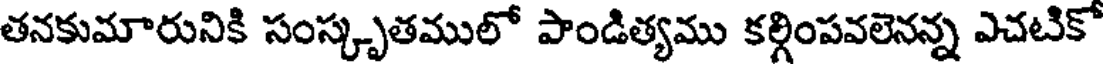
తనకుమారునికి సంస్కృతములో పాండిత్యము కల్గింపవలెనన్న ఎచటికో